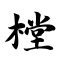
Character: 樘